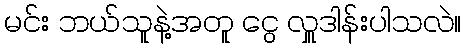
မင်း ဘယ်သူနဲ့အတူ ငွေ လှူဒါန်းပါသလဲ။